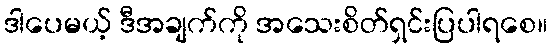
ဒါပေမယ့် ဒီအချက်ကို အသေးစိတ်ရှင်းပြပါရစေ။